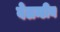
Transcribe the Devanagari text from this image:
वेलन्टीन